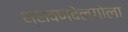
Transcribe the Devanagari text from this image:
श्रावणबेलगोला